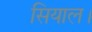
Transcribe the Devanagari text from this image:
सियाल।